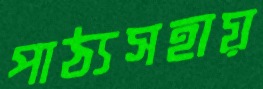
পাঠ্যসহায়